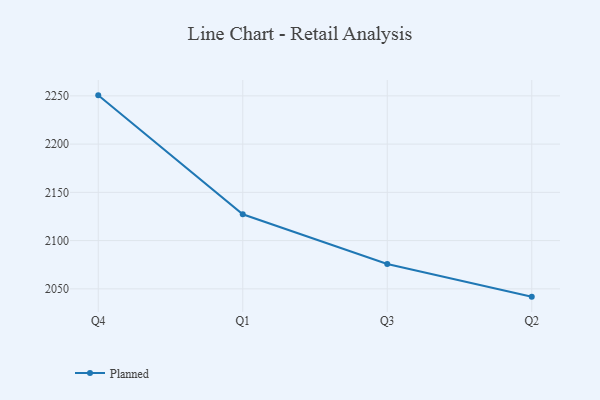
{"axis": {"x": "Quarter", "y": "Website Visitors"}, "legend": ["Planned"], "data": [{"x": "Q4", "y": 2250.5, "type": "Planned"}, {"x": "Q1", "y": 2127.3, "type": "Planned"}, {"x": "Q3", "y": 2075.7, "type": "Planned"}, {"x": "Q2", "y": 2041.9, "type": "Planned"}]}